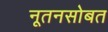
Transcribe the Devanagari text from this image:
नूतनसोबत